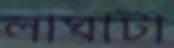
লাঘাটা